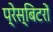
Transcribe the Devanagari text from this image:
प्रेस्बिटरों